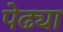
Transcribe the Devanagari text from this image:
पेढ्या